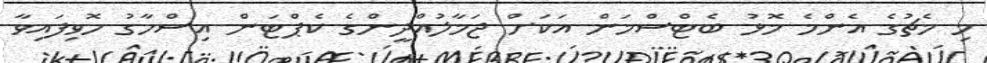
މި މެޗުގެ އެންމެ މޮޅު ބެޓްސްމަން އަކަށް ޖަމާލުއްދީންގެ ކެޕްޓަން އިސްހާގު ހޮވިފައިވާ